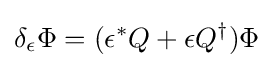
\delta _{\epsilon }\Phi =(\epsilon ^{*}Q+\epsilon Q^{\dagger })\Phi